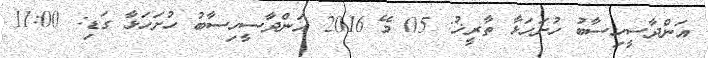
އަންދާސީހިސާބު ހުށަހަޅާ ތާރީޚު: 05 މޭ 2016 އަންދާސީހިސާބު ހުށަހަޅާ ގަޑި: 11:00